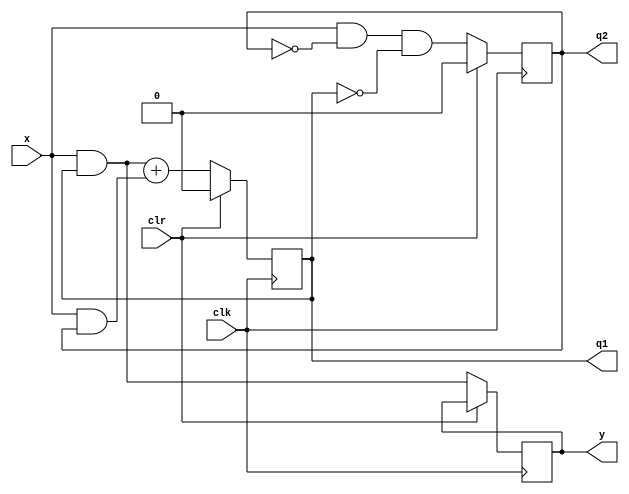
module circut(y,q1,q2,x,clk,clr);
input x, clk, clr; 
output reg y; 
output reg q1=0; 
output reg q2=0;
always @(posedge clk)
if(clr==1) 
begin
q1<=1'b0;
q2<=1'b0; // didn't define y's value under reset so it shows x in simulation
 end
 else
 begin
q1<=(x&q1)+(x&q2);
q2<=(x&~q2&~q1);
y<=q1&x;
end 
endmodule
`timescale 1ns/1ps 
module sequence_detector_tb; 
wire y,q1,q2; 
reg x=0; 
reg clk=0; 
reg clr=1; // clr is 1 active. when clr is 1, 91 and q2 are both O per the module's description above 
integer i; 
circut UUT(.y(y),.q1(q1),.q2(q2),.x(x),.clk(clk),.clr(clr));
initial begin
for(i=0;i<20;i=i+1) begin
clk=~clk;
if(i>5&i<11) begin
clr=0; // release the DFFS
x=1; 
 end 
 else if(i==11) x=0;
 else if(i==12) x=1; 
 else x=0; 
 #10;
end
end
endmodule